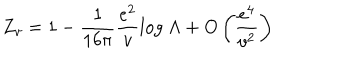
Z _ { v } = 1 - \frac { 1 } { 1 6 \pi } \frac { e ^ { 2 } } { v } l o g \; \Lambda + O \left( \frac { e ^ { 4 } } { v ^ { 2 } } \right)